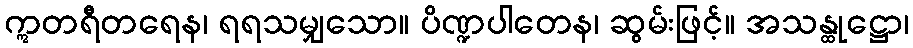
ဣတရီတရေန၊ ရရသမျှသော။ ပိဏ္ဍပါတေန၊ ဆွမ်းဖြင့်။ အသန္ထုဋ္ဌော၊